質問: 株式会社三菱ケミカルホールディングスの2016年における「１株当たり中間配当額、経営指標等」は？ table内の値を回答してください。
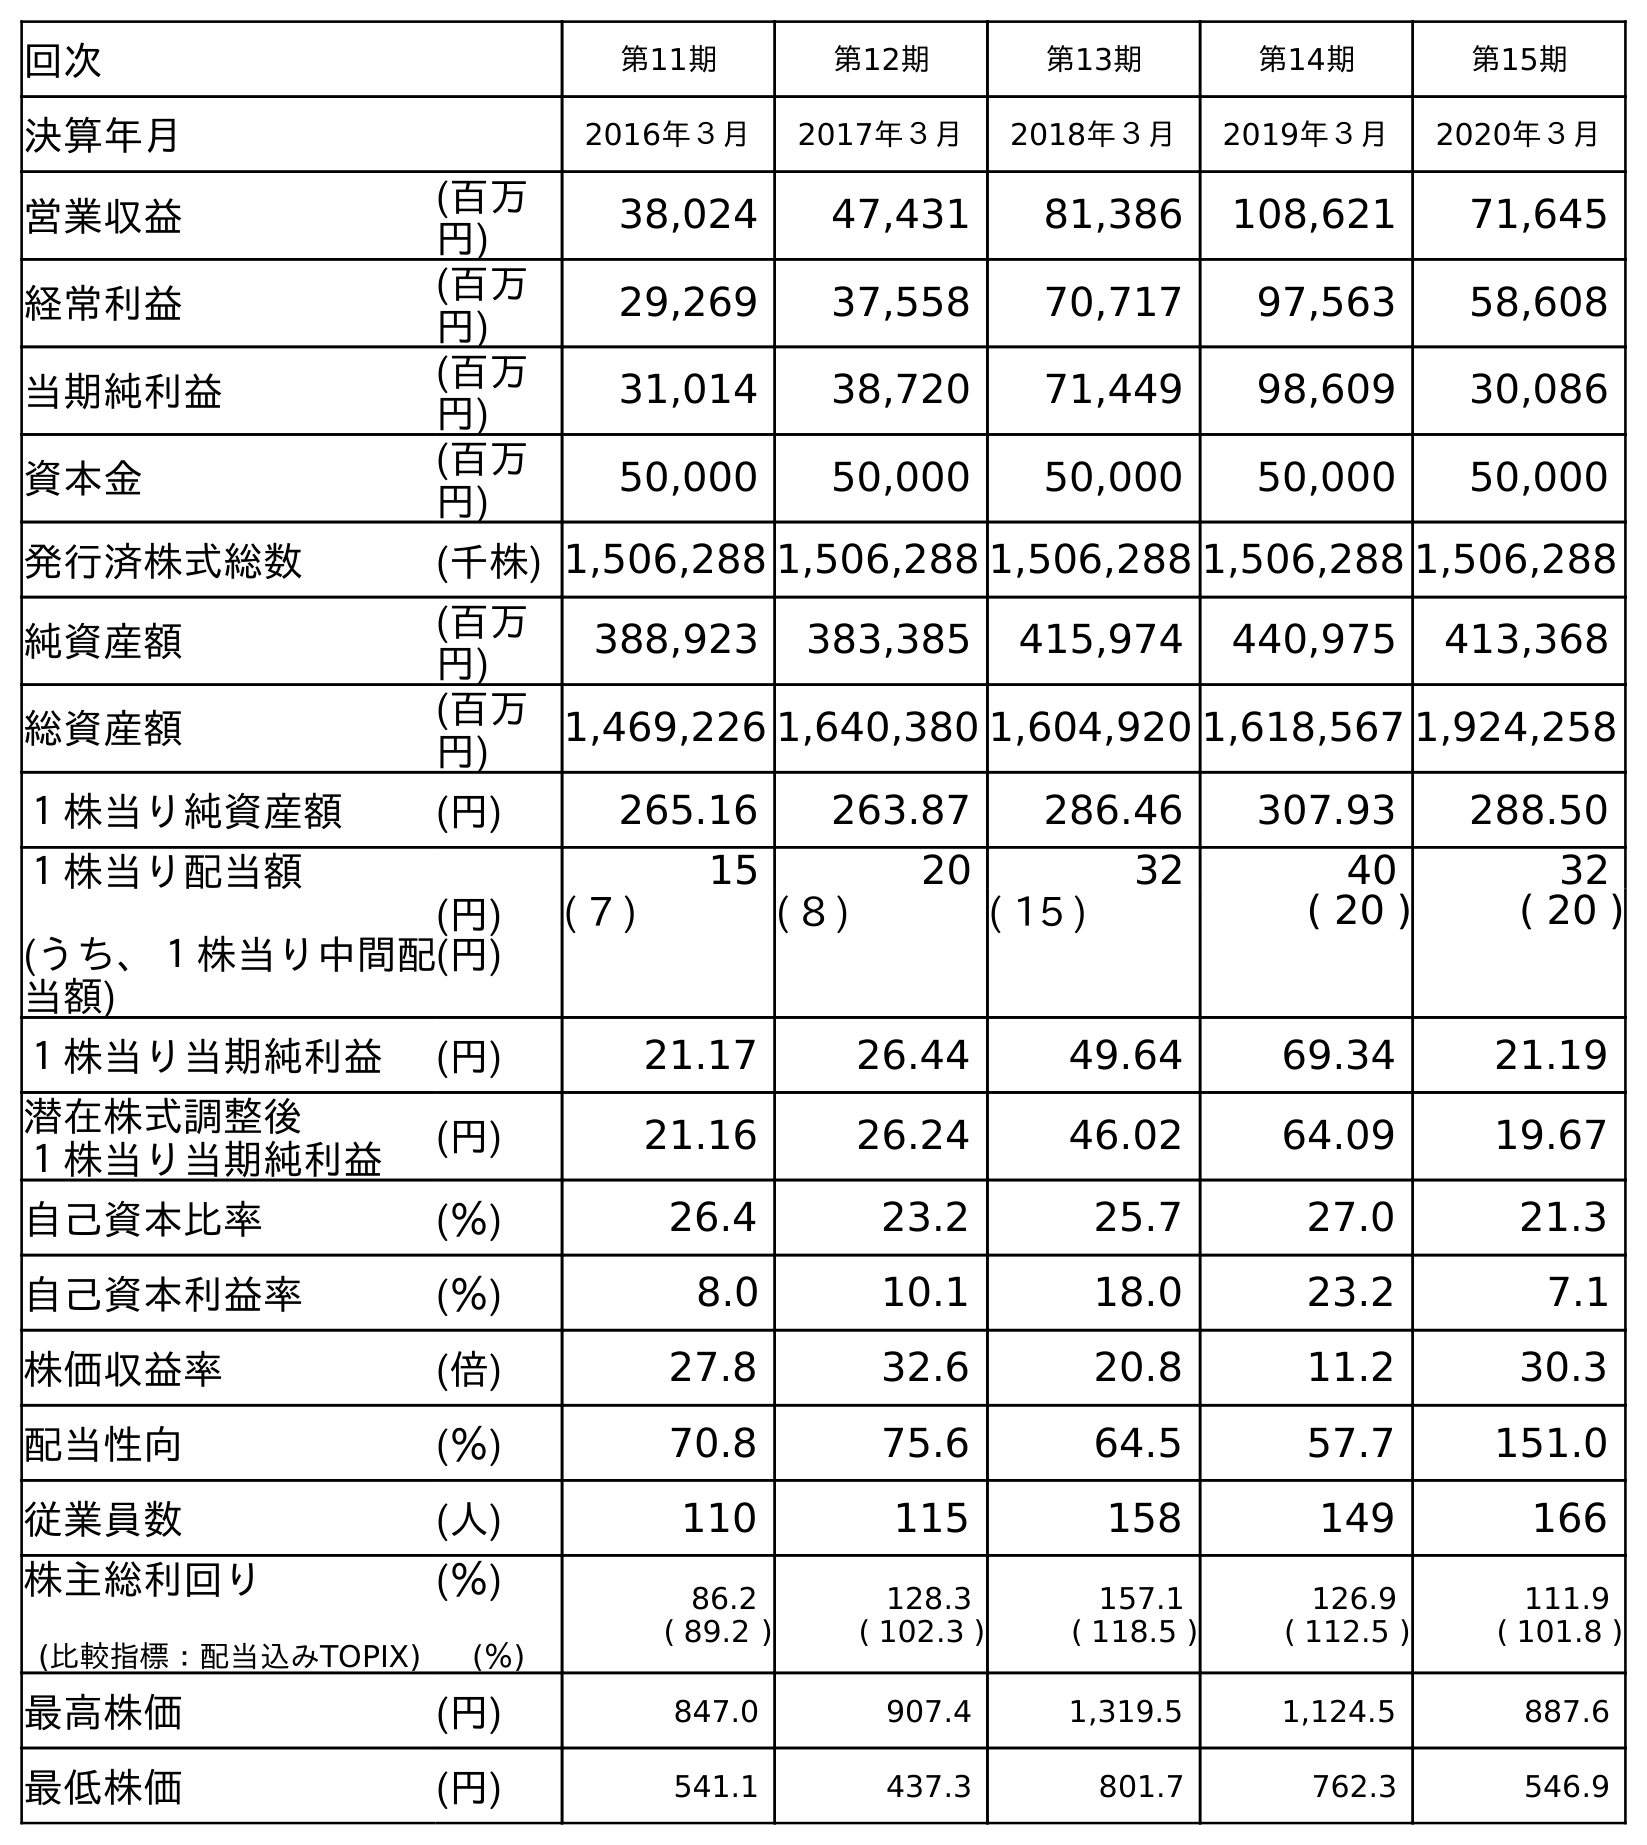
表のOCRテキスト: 回次 第11期 第12期 第13期 第14期 第15期 決算年月 2016年３月 2017年３月 2018年３月 2019年３月 2020年３月 営業収益 (百万 円) 38,024 47,431 81,386 108,621 71,645 経常利益 (百万 円) 29,269 37,558 70,717 97,563 58,608 当期純利益 (百万 円) 31,014 38,720 71,449 98,609 30,086 資本金 (百万 円) 50,000 50,000 50,000 50,000 50,000 発行済株式総数 (千株) 1,506,288 1,506,288 1,506,288 1,506,288 1,506,288 純資産額 (百万 円) 388,923 383,385 415,974 440,975 413,368 総資産額 (百万 円) 1,469,226 1,640,380 1,604,920 1,618,567 1,924,258 １株当り純資産額 (円) 265.16 263.87 286.46 307.93 288.50 １株当り配当額 (うち、１株当り中間配 当額) (円) (円) 15 20 32 40 32 ( 7 ) ( 8 ) ( 15 ) ( 20 ) ( 20 ) １株当り当期純利益 (円) 21.17 26.44 49.64 69.34 21.19 潜在株式調整後 １株当り当期純利益 (円) 21.16 26.24 46.02 64.09 19.67 自己資本比率 (％) 26.4 23.2 25.7 27.0 21.3 自己資本利益率 (％) 8.0 10.1 18.0 23.2 7.1 株価収益率 (倍) 27.8 32.6 20.8 11.2 30.3 配当性向 (％) 70.8 75.6 64.5 57.7 151.0 従業員数 (人) 110 115 158 149 166 株主総利回り (比較指標：配当込みTOPIX) (％) (％) 86.2 ( 89.2 ) 128.3 ( 102.3 ) 157.1 ( 118.5 ) 126.9 ( 112.5 ) 111.9 ( 101.8 ) 最高株価 (円) 847.0 907.4 1,319.5 1,124.5 887.6 最低株価 (円) 541.1 437.3 801.7 762.3 546.9
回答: (7)